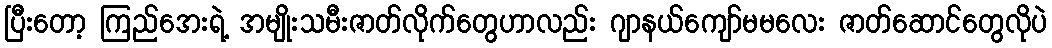
ပြီးတော့ ကြည်အေးရဲ့ အမျိုးသမီးဇာတ်လိုက်တွေဟာလည်း ဂျာနယ်ကျော်မမလေး ဇာတ်ဆောင်တွေလိုပဲ